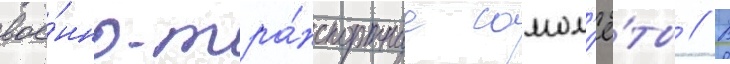
вое́нно-тра́нспортные самол'ё́ты // В